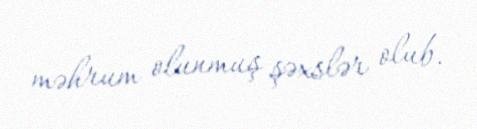
məhrum olunmuş şəxslər olub.